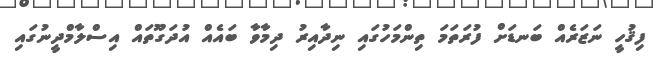
ފިޤުހީ ނަޒަރެއް ބަނޑަށް ފުރަތަމަ ތިންމަހުގައި ނިދާއިރު ދިމާވާ ބައެއް އުދަގޫތައް އިސްލާމްދީނުގައި